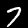
Digit: 7